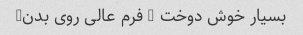
بسیار خوش دوخت - فرم عالی روی بدن-